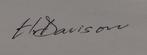
Signature authenticity: genuine